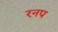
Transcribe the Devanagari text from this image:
रनप